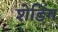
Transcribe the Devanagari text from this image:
शेडिंग